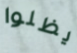
يظلوا